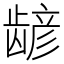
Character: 𫜮